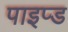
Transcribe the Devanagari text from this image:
पाइप्ड